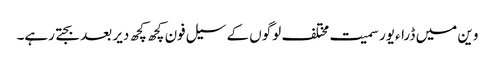
وین میں ڈراءیور سمیت مختلف لوگوں کے سیل فون کچھ کچھ دیر بعد بجتے رہے۔